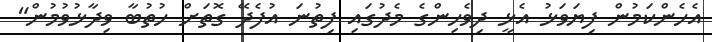
އެހެންކަމުން ފިޔަވަޅު އެޅީ ދިވެހިންގެ މެދުގައި ފިތުނަ އުފެދޭ ގޮތަށް ހުތުބާ ވިދާޅުވުމުން"